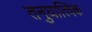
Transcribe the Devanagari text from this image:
तनुघात्विक